Civil Veterinary Department. United Provinces 1932-42 - 1932-1942
Year: 1932
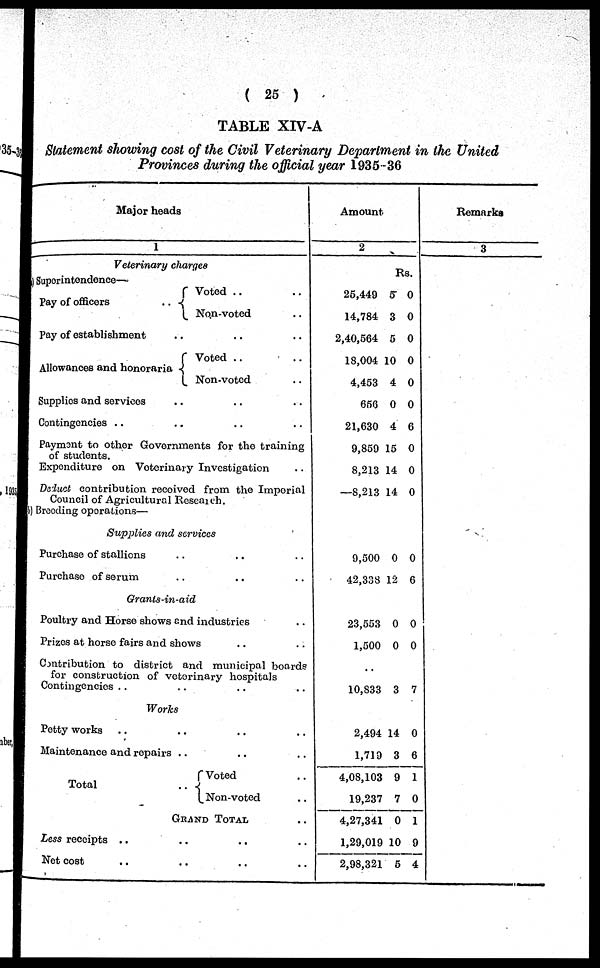
( 25 )
TABLE XIV-A
Statement showing cost of the Civil Veterinary Department in the United
Provinces during the official year 1935-36
Major heads
1
Veterinary charges
Superintendence—
Pay of officers
..
Voted
.. ..
Non-voted ..
Pay of establishment .. .. ..
Allowances and honoraria
Voted
.. ..
Non-voted ..
Supplies and services .. .. ..
Contingencies .. .. ..
Payment to other Governments for the training
of students.
Expenditure on Veterinary Investigation ..
Deduct contribution received from the Imporial
Council of Agricultural Research.
Breeding operations—
Supplies and services
Purchase of stallions .. .. ..
Purchase of serum .. .. ..
Grants-in-aid
Poultry and Horse shows and industries ..
Prizes at horse fairs and shows .. ..
Contribution to district and municipal boards
for construction of veterinary hospitals
Contingencies .. .. .. ..
Works
Potty works .. .. .. ..
Maintenance and ropairs .. .. ..
Total
..
Voted
..
Non-voted ..
GRAND TOTAL ..
Less receipts .. .. .. ..
Net cost .. .. .. ..
Amount
2
25,449
14,784
2,40,564
18,004
4,453
656
21,630
9,859
8,213
—8,213
9,500
42,338
23,553
1,500
Rs.
5
3
5
10
4
0
4
15
14
14
0
12
0
0
0
0
0
0
0
0
6
0
0
0
0
6
0
0
..
10,833
2,494
1,719
4,08,103
19,237
4,27,341
1,29,019
2,98,321
3
14
3
9
7
0
10
5
7
0
6
1
0
1
9
4
Remarks
3